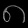
Digit: ၈